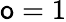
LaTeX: \mathsf{o}=1